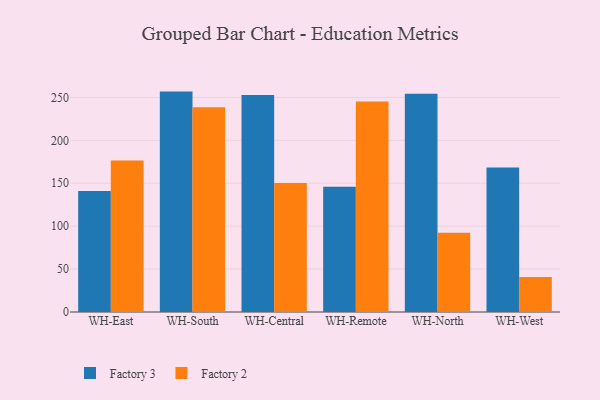
{"axis": {"x": "Warehouse", "y": "Production Output"}, "legend": ["Factory 2", "Factory 3"], "data": [{"x": "WH-East", "y": 141.1, "type": "Factory 3"}, {"x": "WH-East", "y": 176.4, "type": "Factory 2"}, {"x": "WH-South", "y": 256.8, "type": "Factory 3"}, {"x": "WH-South", "y": 238.5, "type": "Factory 2"}, {"x": "WH-Central", "y": 252.8, "type": "Factory 3"}, {"x": "WH-Central", "y": 150.3, "type": "Factory 2"}, {"x": "WH-Remote", "y": 145.8, "type": "Factory 3"}, {"x": "WH-Remote", "y": 245.3, "type": "Factory 2"}, {"x": "WH-North", "y": 254.3, "type": "Factory 3"}, {"x": "WH-North", "y": 92.2, "type": "Factory 2"}, {"x": "WH-West", "y": 168.3, "type": "Factory 3"}, {"x": "WH-West", "y": 40.8, "type": "Factory 2"}]}